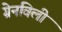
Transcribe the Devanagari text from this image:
ग्रेनविली